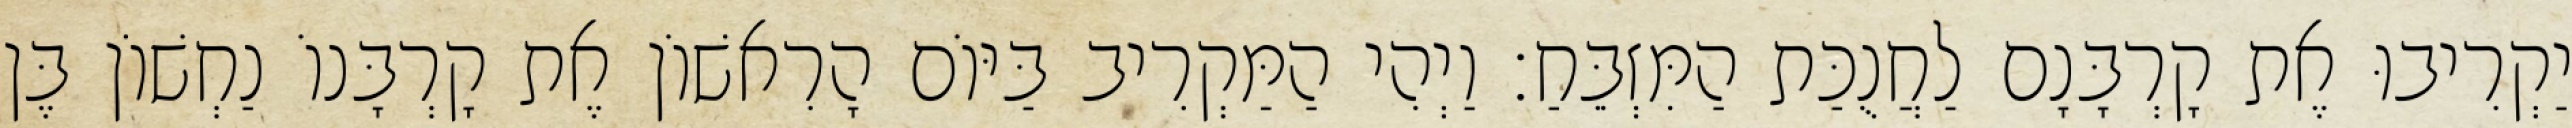
יַקְרִיבוּ אֶת קָרְבָּנָם לַחֲנֻכַּת הַמִּזְבֵּחַ׃ וַיְהִי הַמַּקְרִיב בַּיּוֹם הָרִאשׁוֹן אֶת קָרְבָּנוֹ נַחְשׁוֹן בֶּן